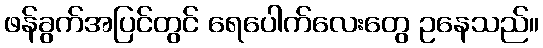
ဖန်ခွက်အပြင်တွင် ရေပေါက်လေးတွေ ဥနေသည်။